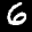
Label: 6